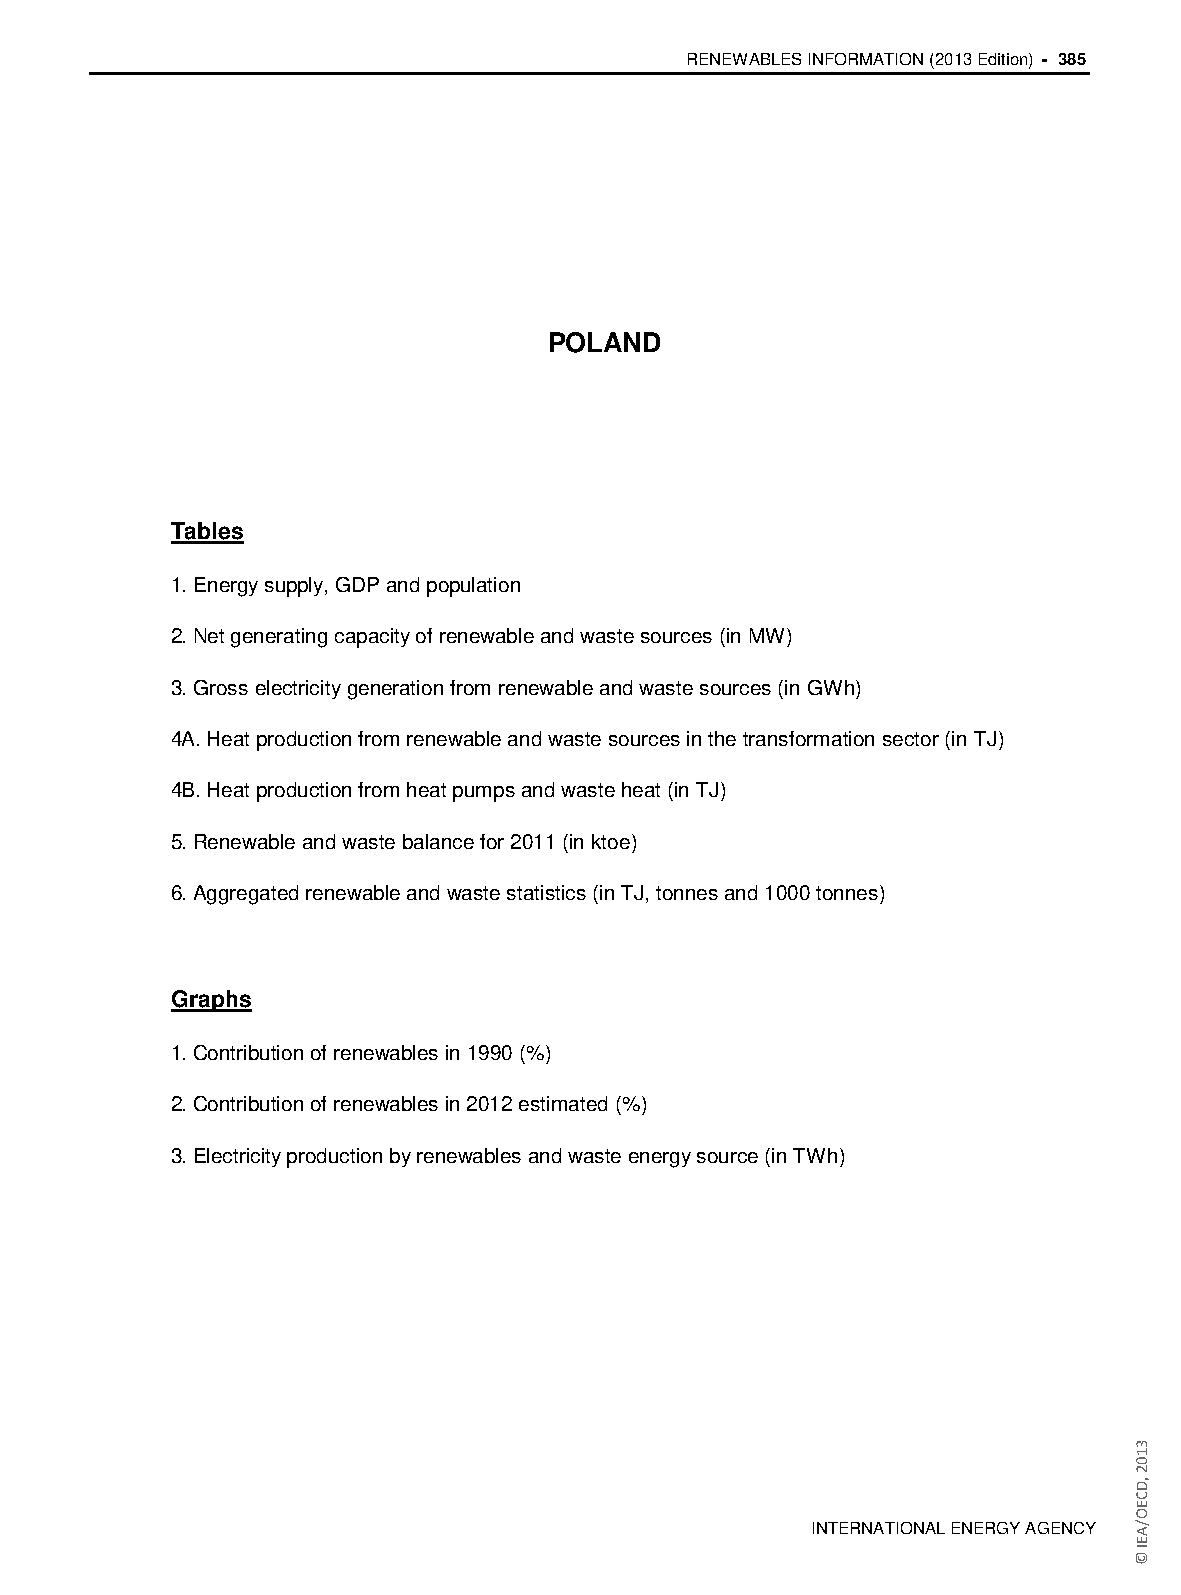
RENEWABLES INFORMATION (2013 Edition) - 385
 POLAND
 Tables
 1. Energy supply, GDP and population
 2. Net generating capacity of renewable and waste sources (in MW)
 3. Gross electricity generation from renewable and waste sources (in GWh)
 4A. Heat production from renewable and waste sources in the transformation sector (in TJ)
 4B. Heat production from heat pumps and waste heat (in TJ)
 5. Renewable and waste balance for 2011 (in ktoe)
 6. Aggregated renewable and waste statistics (in TJ, tonnes and 1000 tonnes)
 Graphs
 1. Contribution of renewables in 1990 (%)
 2. Contribution of renewables in 2012 estimated (%)
 3. Electricity production by renewables and waste energy source (in TWh)
 INTERNATIONAL ENERGY AGENCY
 3102
 ,DCEO/AEI
 ©